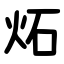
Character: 炻